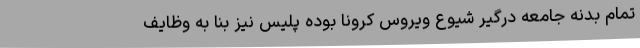
تمام بدنه جامعه درگیر شیوع ویروس کرونا بوده پلیس نیز بنا به وظایف